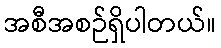
အစီအစဉ်ရှိပါတယ်။